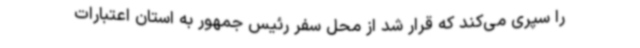
را سپری می‌کند که قرار شد از محل سفر رئیس جمهور به استان اعتبارات